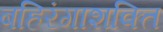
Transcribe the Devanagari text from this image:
बहिरंगाशक्ति